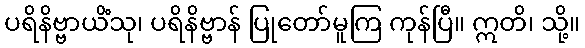
ပရိနိဗ္ဗာယိံသု၊ ပရိနိဗ္ဗာန် ပြုတော်မူကြ ကုန်ပြီ။ ဣတိ၊ သို့။